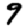
Digit: 9